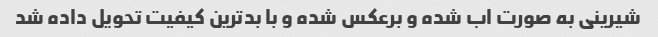
شیرینی به صورت اب شده و برعکس شده و با بدترین کیفیت تحویل داده شد